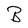
Character: B